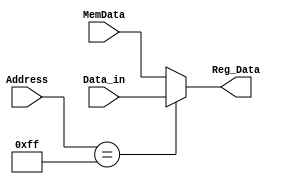
module Parallel_In (input [7:0] MemData, Address, Data_in,
						  output reg [7:0]Reg_Data);
						 always@(*)begin 
      Reg_Data = (Address == 8'hff)? Data_in : MemData;  
						end
endmodule